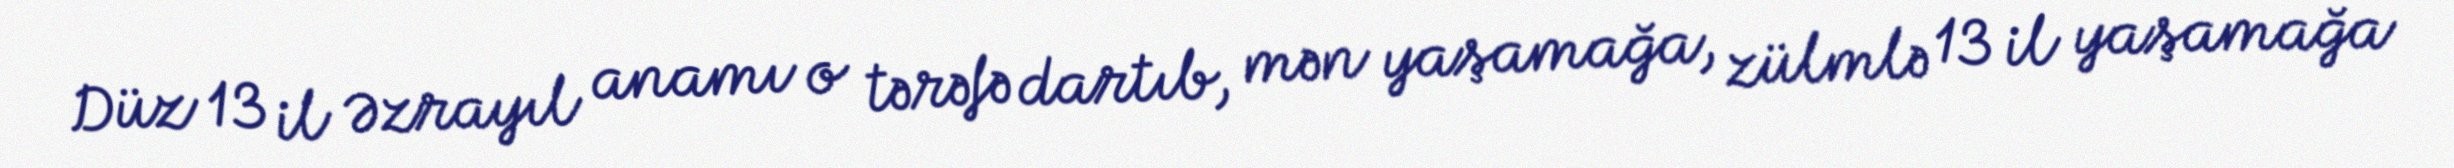
Düz 13 il Əzrayıl anamı o tərəfə dartıb, mən yaşamağa, zülmlə 13 il yaşamağa